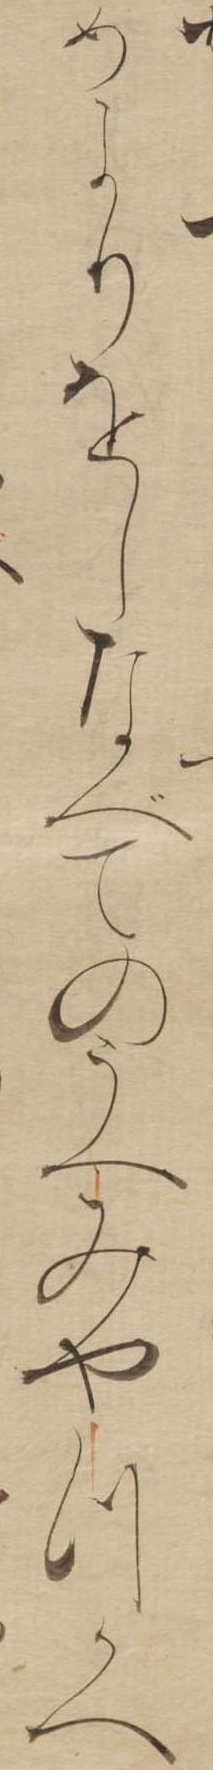
めよりをしなべてのうへみやつかへ